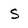
Character: S